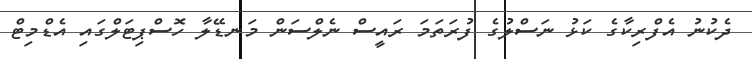
ދެކުނު އެފްރިކާގެ ކަޅު ނަސްލުގެ ފުރަތަމަ ރައީސް ނެލްސަން މަނޑޭލާ ހޮސްޕިޓަލްގައި އެޑްމިޓް